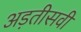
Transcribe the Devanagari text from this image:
अड़तीसवीं